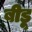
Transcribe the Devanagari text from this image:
बीडू